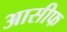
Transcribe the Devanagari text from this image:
आसीफ